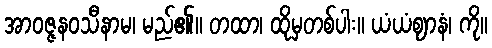
အာဝဇ္ဇနဝသီနာမ၊ မည်၏။ တထာ၊ ထိုမှတစ်ပါး။ ယံယံဈာနံ၊ ကို။